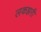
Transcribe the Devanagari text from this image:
लकझरी